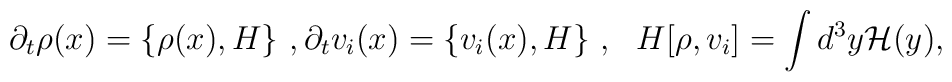
\partial _t\rho (x)=\{\rho (x),H\}~,\partial _tv_i (x)=\{v_i(x),H\}~, ~~H[\rho ,v_i]=\int d^3y {\cal H}(y),